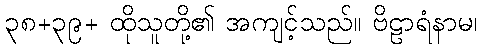
၃၈+၃၉+ ထိုသူတို့၏ အကျင့်သည်။ ဗိဠာရံနာမ၊